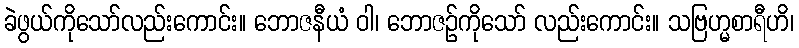
ခဲဖွယ်ကိုသော်လည်းကောင်း။ ဘောဇနီယံ ဝါ၊ ဘောဇဉ်ကိုသော် လည်းကောင်း။ သဗြဟ္မစာရီဟိ၊